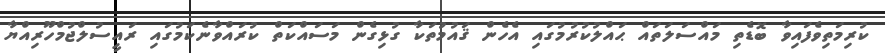
ކުރިމަތިވެފައިވާ ބޮޑެތި މައްސަލަތައް ޙައްލުކުރުމުގައި އެހެން ޤައުމުތަކާ ގުޅިގެން މަސައްކަތް ކުރައްވާނެކަމުގައި ރައީސުލްޖުމްހޫރިއްޔާ